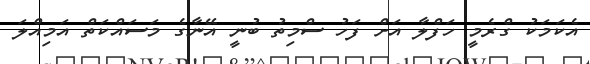
އެކަމަކު ގްރެމީ ހަފްލާ އަށް ފަހު ސްމިތު ބުނީ އޭނާގެ މަސައްކަތް އަމިއްލަ